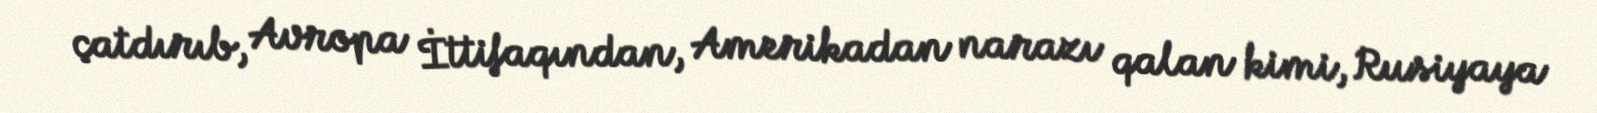
çatdırıb, Avropa İttifaqından, Amerikadan narazı qalan kimi, Rusiyaya